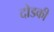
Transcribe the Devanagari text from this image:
दोडकी